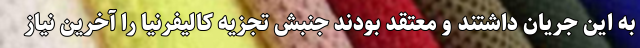
به این جریان داشتند و معتقد بودند جنبش تجزیه کالیفرنیا را آخرین نیاز